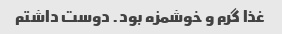
غذا گرم و خوشمزه بود. دوست داشتم